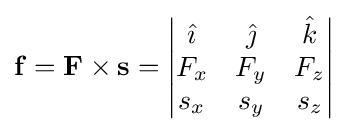
\mathbf {f} =\mathbf {F} \times \mathbf {s} ={\begin{vmatrix}{\hat {\imath }}&{\hat {\jmath }}&{\hat {k}}\\F_{x}&F_{y}&F_{z}\\s_{x}&s_{y}&s_{z}\end{vmatrix}}